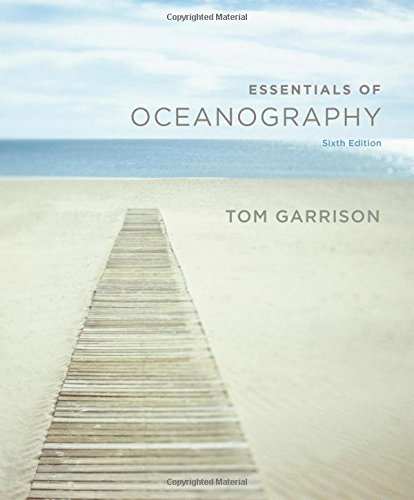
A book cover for Essentials of Oceanography; Tom S. Garrison; Science & Math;